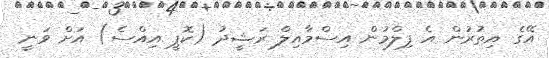
އޭގެ އިތުރުން އެ ފިލްމުން އިސްމާއިލް ރަޝީދު (ކޮޕީ އިއްސެ) އަށް ވަނީ